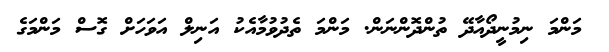
މަންމަ ނިމުނީދޯއާދޭ ތުންދޮންނަން. މަންމަ ތެދުވުމާއެކު އަނިލް އަވަހަށް ގޮސް މަންމަގެ